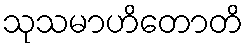
သုသမာဟိတောတိ